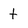
Character: t